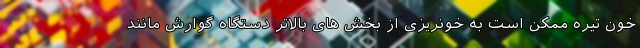
خون تیره ممکن است به خونریزی از بخش های بالاتر دستگاه گوارش مانند